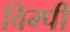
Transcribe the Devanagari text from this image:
विम्पी